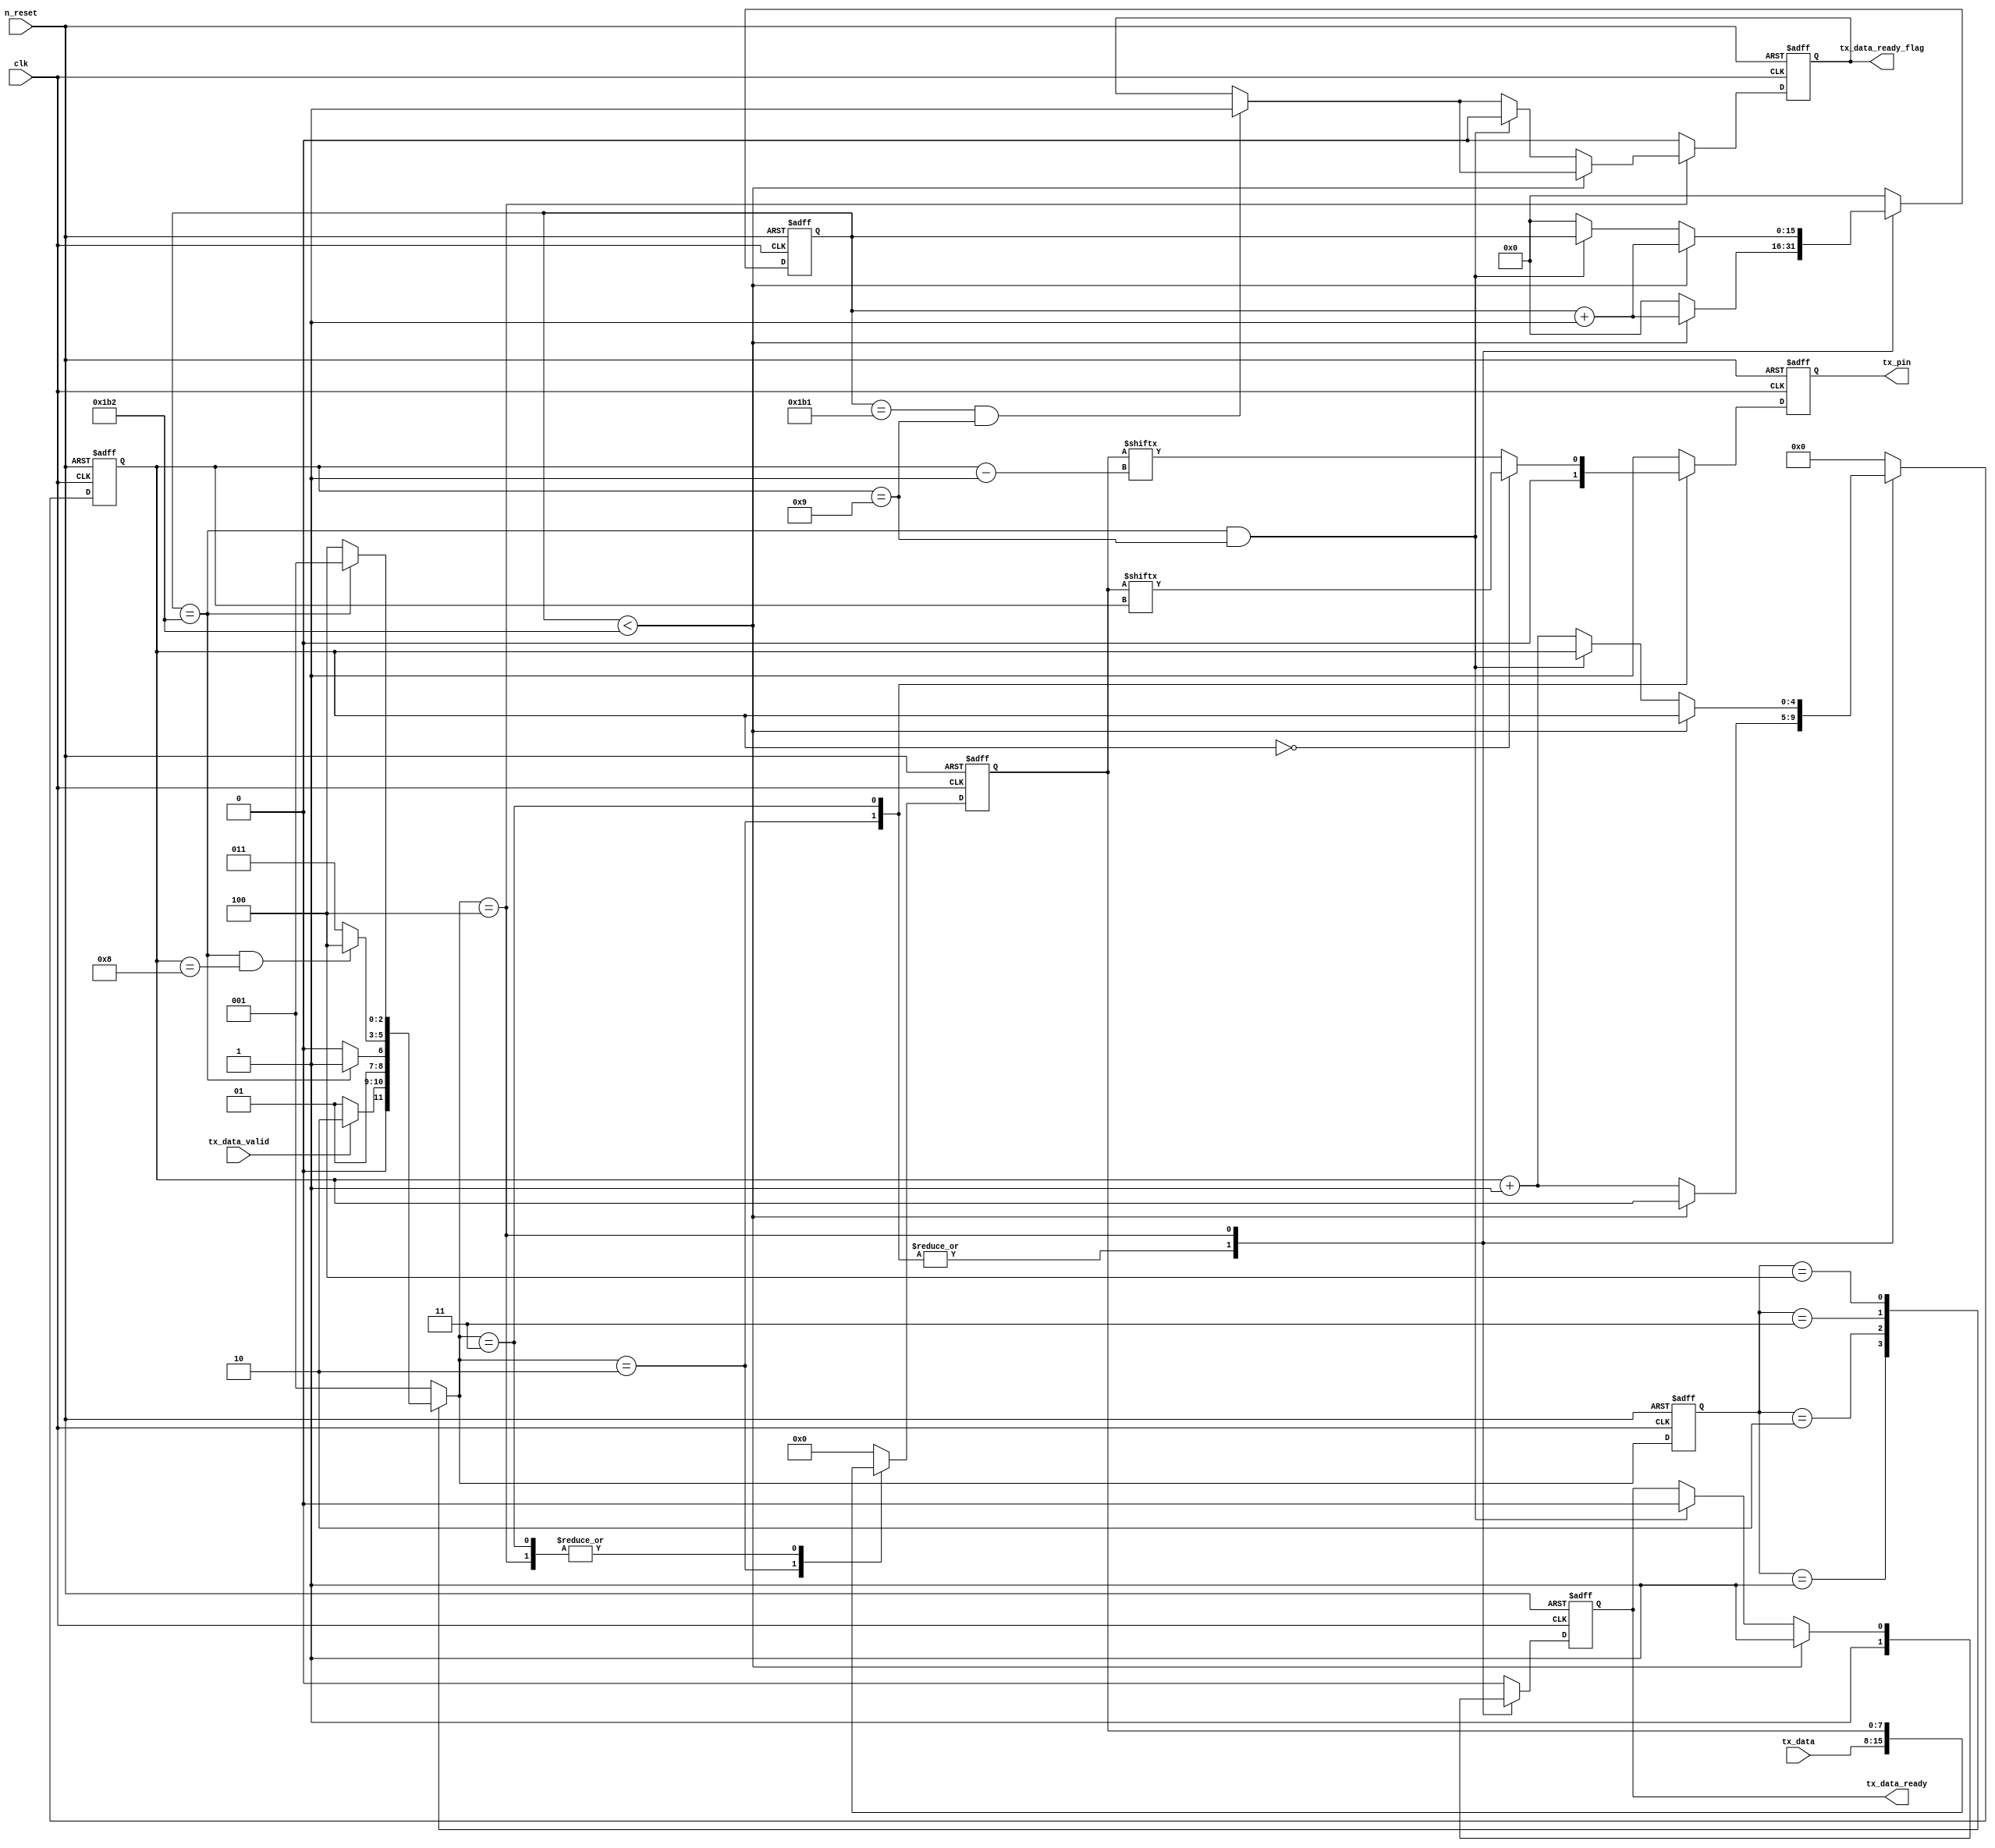
module modify_Uart_tx #
(
	parameter Challenge_Bit = 8,
	parameter frequency_clk_ref = 50,      //clock frequency(Mhz)
	parameter BAUD_RATE = 115200 //serial baud rate
)
(
	input                                  clk,              //clock input
	input                                  n_reset,          //asynchronous reset input, low active 
	input      [Challenge_Bit - 1:0]       tx_data,          //data to send                                   //tx_data
	input                                  tx_data_valid,    //data to be sent is valid                       //tx_data_validtx_data_ready
	output     reg                         tx_data_ready,    //send ready
	output                                 tx_pin,           //serial data output                             //tx_pin
	output	   reg						   tx_data_ready_flag
);

//calculates the clock cycle for baud rate 
localparam                                 CYCLE = frequency_clk_ref * 1000000 / BAUD_RATE;
//state machine code
localparam                                 STATE        = 2;
localparam                                 S_IDLE       = 1;
localparam                                 S_START      = 2;//start bit
localparam                                 S_SEND_BYTE  = 3;//data bits
localparam                                 S_STOP       = 4;//stop bit

reg             [            STATE:0]       state;
reg             [            STATE:0]       next_state;
reg             [               15:0]       cycle_cnt; //baud counter
reg             [                4:0]       bit_cnt;//bit counter
reg             [Challenge_Bit - 1:0]       tx_data_latch; //latch data to send
reg                                         tx_reg; //serial data output

assign tx_pin = tx_reg;

always @ (posedge clk or negedge n_reset)
begin
	if(n_reset == 1'b0)
		state <= S_IDLE;
	else
		state <= next_state;
end

always @ (*)
begin
	case(state)
		S_IDLE:
			if(tx_data_valid == 1'b1)
				next_state = S_START;
			else
				next_state = S_IDLE;
		S_START:
			if(cycle_cnt == CYCLE)
				next_state = S_SEND_BYTE;
			else
				next_state = S_START;
		S_SEND_BYTE:
			if(cycle_cnt == CYCLE  && bit_cnt == 5'd8)
				next_state = S_STOP;
			else
				next_state = S_SEND_BYTE;
		S_STOP:
			if(cycle_cnt == CYCLE)
				next_state = S_IDLE;
			else
				next_state = S_STOP;
		default:
			next_state = S_IDLE;
	endcase
end

always @ (posedge clk or negedge n_reset) begin
	if (!n_reset) begin
		tx_data_ready <= 1'b0;
		tx_data_ready_flag <= 1'b0;
		tx_data_latch <= #Challenge_Bit'b0;
		bit_cnt <= 5'b0;
		cycle_cnt <= 16'b0;
		tx_reg <= 1'b1;
	end
	else begin
		case(next_state)
		S_IDLE:	begin
			bit_cnt <= 5'b0;
			cycle_cnt <= 16'b0;
			tx_reg <= 1'b1;
			tx_data_ready <= 1'b0;
			tx_data_ready_flag <= 1'b0;
			tx_data_latch <= #Challenge_Bit'b0;
		end
		S_START:	begin
			tx_reg <= 1'b0;
			tx_data_ready <= 1'b1;
			tx_data_ready_flag <= 1'b0;
			tx_data_latch <= tx_data;
			if (cycle_cnt < CYCLE) begin
				cycle_cnt <= cycle_cnt + 1'b1;
				bit_cnt <= bit_cnt;
			end
			else begin
				cycle_cnt <= 16'b0;
				bit_cnt <= bit_cnt + 1'b1;
			end
		end	
		S_SEND_BYTE:	begin
			begin
				if (bit_cnt == 5'd0) begin
					tx_reg <= tx_data_latch[bit_cnt];
				end
				else begin
					tx_reg <= tx_data_latch[bit_cnt -1];
				end
			end
			tx_data_ready <= 1'b1;
			tx_data_ready_flag <= 1'b0;
			if (cycle_cnt < CYCLE) begin
				cycle_cnt <= cycle_cnt + 1'b1;
				bit_cnt <= bit_cnt;
			end
			else begin
				cycle_cnt <= 16'b0;
				bit_cnt <= bit_cnt + 1'b1;
			end
		end
		S_STOP:	begin
			begin
				if (cycle_cnt == CYCLE -1 && bit_cnt == 5'd9) begin
					tx_data_ready_flag <= 1'b1;
				end
			end
			tx_reg <= 1'b1;
			if (cycle_cnt < CYCLE) begin
				cycle_cnt <= cycle_cnt + 1'b1;
				bit_cnt <= bit_cnt;
				tx_data_ready <= 1'b1;
			end
			else if (cycle_cnt == CYCLE && bit_cnt == 5'd9) begin
				tx_data_ready <= 1'b0;
				tx_data_ready_flag <= 1'b0;
			end
			else begin
				cycle_cnt <= 16'b0;
				bit_cnt <= bit_cnt + 1'b1;
			end
		end
		default:	begin
			tx_data_ready <= 1'b0;
			tx_data_ready_flag <= 1'b0;
			tx_data_latch <= #Challenge_Bit'b0;
			bit_cnt <= 5'b0;
			cycle_cnt <= 16'b0;
			tx_reg <= 1'b1;
		end
		endcase
	end
end

endmodule